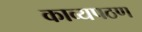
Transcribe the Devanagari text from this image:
काव्यपठण